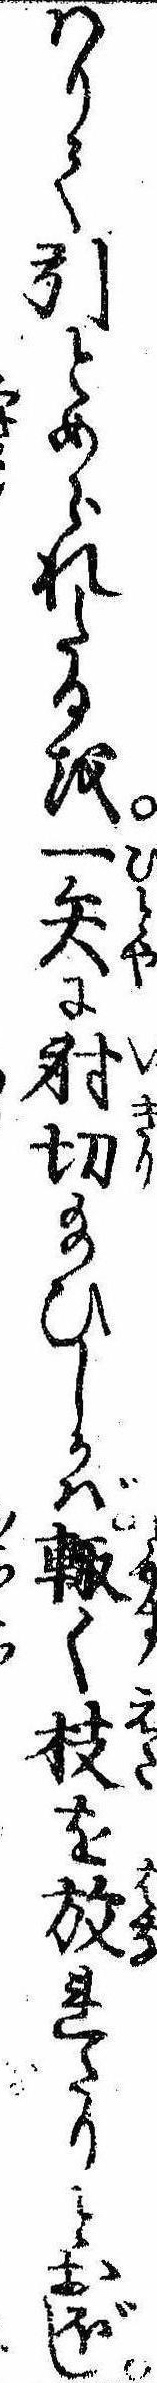
わりて引とめられたるを一矢に射切給ひしかば輙く枝を放れたりとおぼし